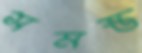
সমস্ত